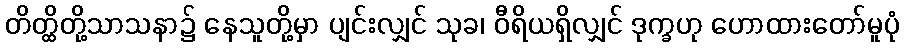
တိတ္ထိတို့သာသနာ၌ နေသူတို့မှာ ပျင်းလျှင် သုခ၊ ဝီရိယရှိလျှင် ဒုက္ခဟု ဟောထားတော်မူပုံ